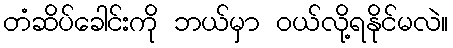
တံဆိပ်ခေါင်းကို ဘယ်မှာ ဝယ်လို့ရနိုင်မလဲ။